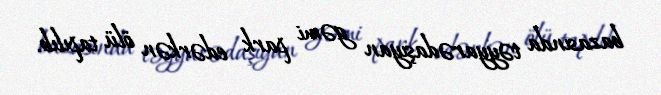
bazasında təyyarədaşıyan gəmi park edərkən ölü tapılıb.